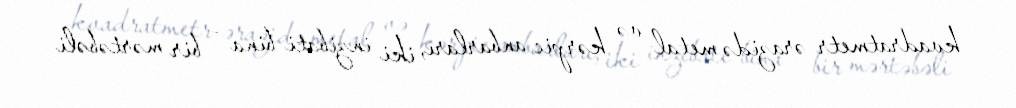
kvadratmetr ərazidə metal və kərpic anbarları, iki inzibati bina - bir mərtəbəli